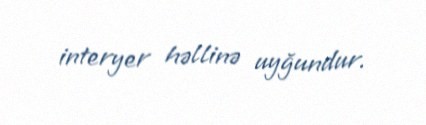
interyer həllinə uyğundur.